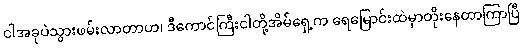
ငါအခုပဲသွားဖမ်းလာတာဟ၊ ဒီကောင်ကြီးငါတို့အိမ်ရှေ့က ရေမြောင်းထဲမှာတိုးနေတာကြာပြီ